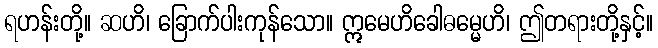
ရဟန်းတို့။ ဆဟိ၊ ခြောက်ပါးကုန်သော။ ဣမေဟိခေါဓမ္မေဟိ၊ ဤတရားတို့နှင့်။